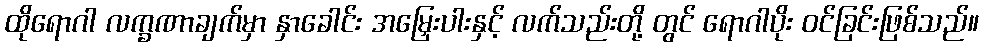
ထိုရောဂါ လက္ခဏာချက်မှာ နှာခေါင်း အမြှေးပါးနှင့် လက်သည်းတို့ တွင် ရောဂါပိုး ဝင်ခြင်းဖြစ်သည်။